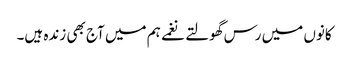
کانوں میں رس گھولتے نغمے ہم میں آج بھی زندہ ہیں۔